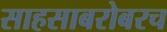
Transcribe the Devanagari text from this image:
साहसाबरोबरच